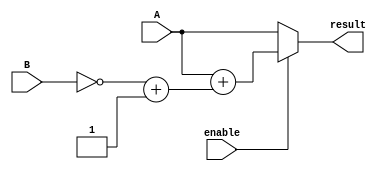
module subtractor(
    input [3:0] A,
    input [3:0] B,
    input enable,
    output [3:0] result
);

wire [3:0] C;

assign C = ~B + 1;

assign result = enable ? A + C : A;

endmodule